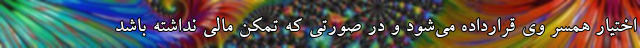
اختیار همسر وی قرارداده می‌شود و در صورتی که تمکن مالی نداشته باشد